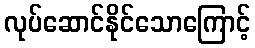
လုပ်ဆောင်နိုင်သောကြောင့်